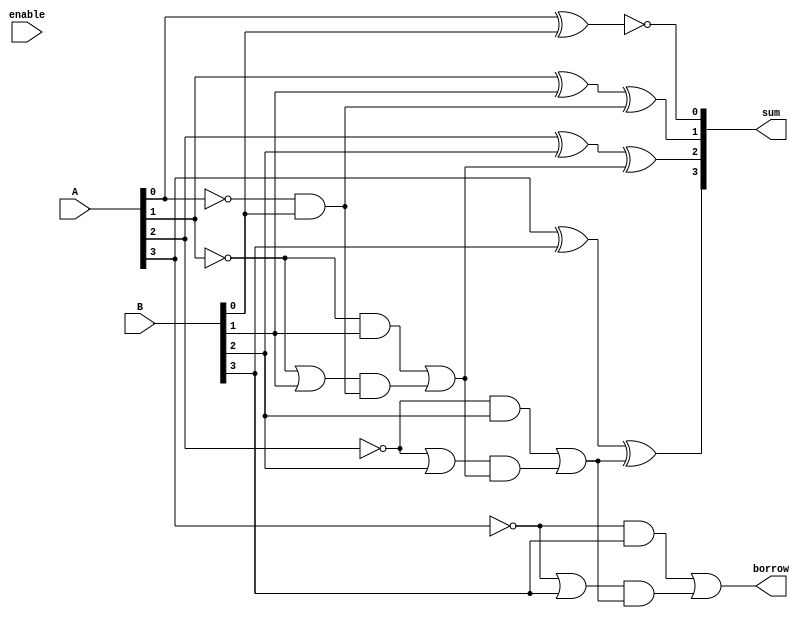
module gate_level_subtractor (
    input [3:0] A,
    input [3:0] B,
    input enable,
    output [3:0] sum,
    output borrow
);

wire [3:0] diff;
wire [3:0] borrow_out;

assign diff[0] = ~(A[0] ^ B[0]);
assign borrow_out[0] = ~A[0] & B[0];

assign diff[1] = (A[1] ^ B[1] ^ borrow_out[0]);
assign borrow_out[1] = (~A[1] & B[1]) | ((~A[1] | B[1]) & borrow_out[0]);

assign diff[2] = (A[2] ^ B[2] ^ borrow_out[1]);
assign borrow_out[2] = (~A[2] & B[2]) | ((~A[2] | B[2]) & borrow_out[1]);

assign diff[3] = (A[3] ^ B[3] ^ borrow_out[2]);
assign borrow_out[3] = (~A[3] & B[3]) | ((~A[3] | B[3]) & borrow_out[2]);

assign sum = diff;
assign borrow = borrow_out[3];

endmodule